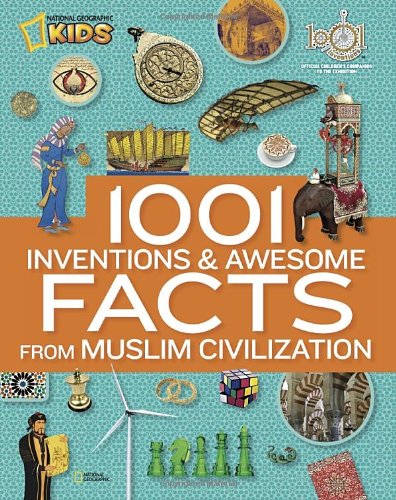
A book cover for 1001 Inventions and Awesome Facts from Muslim Civilization (National Geographic Kids); National Geographic; Children's Books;